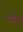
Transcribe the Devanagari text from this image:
गौधन